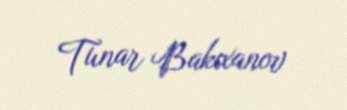
Tunar Bakıxanov